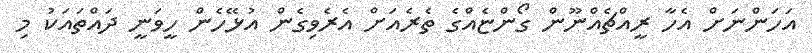
އަހަންނަށް އެހާ ރީއްޗެއްނޫން ގޯންޏެއްގެ ތެރެއަށް އެރެވިގެން އުޅޭހެން ހީވަނީ ދައްތައަކު މި